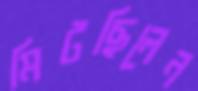
মিটছিলেন